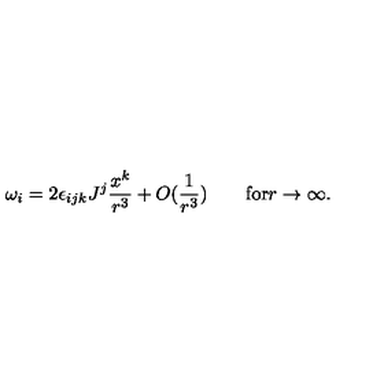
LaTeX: \omega _ { i } = 2 \epsilon _ { i j k } J ^ { j } \frac { x ^ { k } } { r ^ { 3 } } + O ( \frac { 1 } { r ^ { 3 } } ) \quad \quad \mathrm { f o r } r \to \infty .